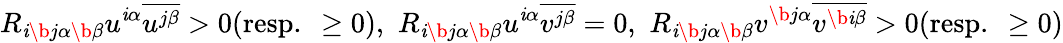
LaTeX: R_{\mathit{i}\b{{j}}\alpha\b{{\beta}}}u^{\mathit{i}\alpha}\overline{{{u^{j\beta}}}}>0(\mathrm{{resp.~}}\geq0),\, \, R_{\mathit{i}\b{{j}}\alpha\b{{\beta}}}u^{\mathit{i}\alpha}\overline{{{v^{j\beta}}}}=0,\, \, R_{\mathit{i}\b{{j}}\alpha\b{{\beta}}}v^{\b{{j}}\alpha}\overline{{{v^{\b{{\mathit{i}}}\beta}}}}>0(\mathrm{{resp.~}}\geq0)